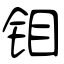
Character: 钼